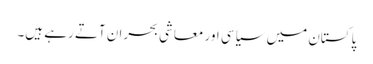
پاکستان میں سیاسی اور معاشی بحران آتے رہے ہیں۔